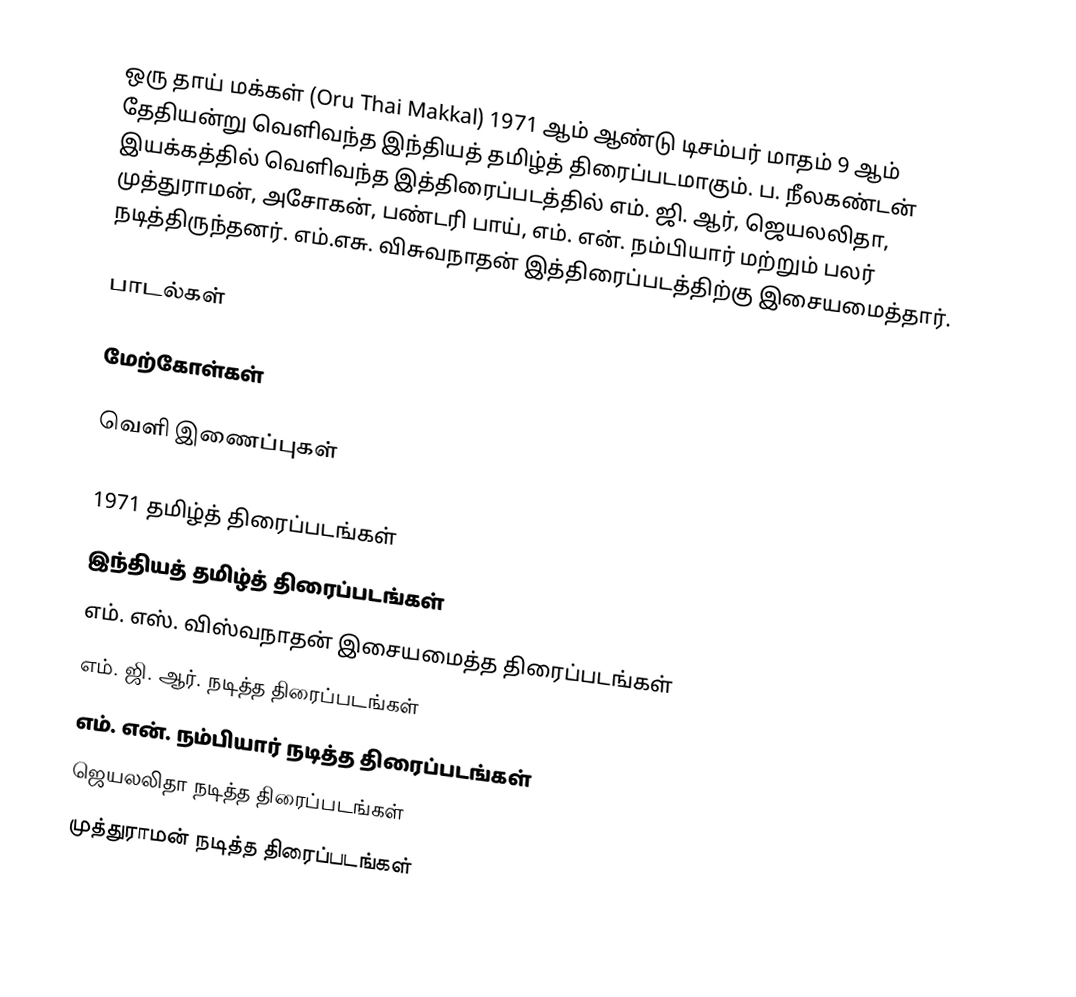
ஒரு தாய் மக்கள் (Oru Thai Makkal) 1971 ஆம் ஆண்டு டிசம்பர் மாதம் 9 ஆம் தேதியன்று வெளிவந்த இந்தியத் தமிழ்த் திரைப்படமாகும்.  ப. நீலகண்டன் இயக்கத்தில் வெளிவந்த இத்திரைப்படத்தில் எம். ஜி. ஆர், ஜெயலலிதா, முத்துராமன், அசோகன், பண்டரி பாய், எம். என். நம்பியார் மற்றும் பலர் நடித்திருந்தனர். எம்.எசு. விசுவநாதன் இத்திரைப்படத்திற்கு இசையமைத்தார்.

பாடல்கள்

மேற்கோள்கள்

வெளி இணைப்புகள்

1971 தமிழ்த் திரைப்படங்கள்
இந்தியத் தமிழ்த் திரைப்படங்கள்
எம். எஸ். விஸ்வநாதன் இசையமைத்த திரைப்படங்கள்
எம். ஜி. ஆர். நடித்த திரைப்படங்கள்
எம். என். நம்பியார் நடித்த திரைப்படங்கள்
ஜெயலலிதா நடித்த திரைப்படங்கள்
முத்துராமன் நடித்த திரைப்படங்கள்